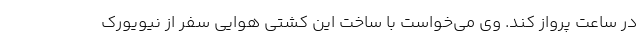
در ساعت پرواز کند. وی می‌خواست با ساخت این کشتی هوایی سفر از نیویورک